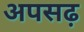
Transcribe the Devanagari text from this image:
अपसढ़